Report on horse surra - Volume I
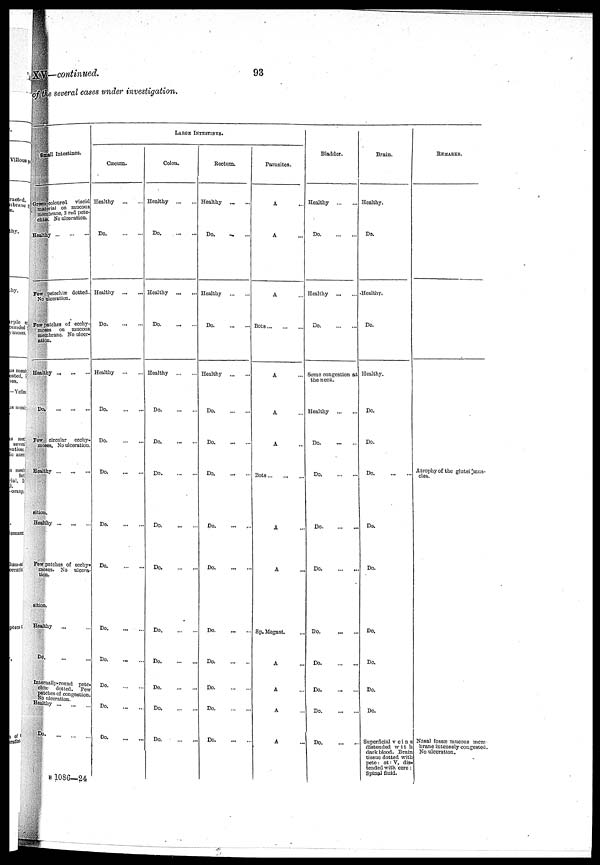
XV—continued.
93
of the several cases under investigation.
Small Intestines.
Green-coloured viscid
material on mucous
membrane, 3 red pete-
chiæ No ulceration.
.Healthy
Few-petechiæ dotted.
No ulceration.
Few patches of ecchy-
moses on mucous
membrane. No ulcer-
ation.
Healthy
Do-.
Few circular ecchy-
moses. No ulceration.
Healthy
sition.
Healthy
Few patches of ecchy-
moses. No ulcera-
tion.
sition.
Healthy
...
DO.
Internally.round pete-
chiæ dotted. Few
patches of congestion.
No ulceration.
Healthy
Do.
...
...
LARGE INTESTINES.
Cæcum.
Healthy
Do
Healthy
Do
Healthy
Do
Do
Do
Do.
...
...
Do.
...
...
Do.
...
...
Do. ... ...
Do.
...
...
Do
...
...
Do.
...
...
Colon.
Healthy
Do
Healthy
Do
Healthy
Do
Do
Do
Do
Do
Do
Do
Do
Do
Do.
...
...
Rectum.
Healthy
Do. ... ...
Healthy
Do.
...
...
Healthy
Do
Do
Do.
Do
Do
Do.
Do
Do
Do
Do.
...
...
Parasites.
A
A
A
Bots
A ...
A ...
A ...
Bots
A ...
A ...
Sp. Megast. ...
A ...
A ...
A ...
A ...
Bladder.
Healthy
Do.
...
...
Healthy
Do.
...
...
Some congestion at
the neck.
Healthy ...
Do
Do
Do
Do
Do. ... ...
Do.
...
...
Do.
...
...
Do.
...
...
Do.
...
...
Brain.
Healthy.
Do.
Healthy.
Do.
Healthy.
Do.
Do.
Do
Do.
Do.
Do.
Do.
Do.
Do.
Superficial veins
distended with
dark blood. Brain
tissue dotted with
pete: at: V. dis-
tended with cere:
Spinal fluid.
REMARKS.
Atrophy of the glutei mus-
cles.
Nasal fossæ mucous mem-
brane intensely congested.
No ulceration.
B 1086-24